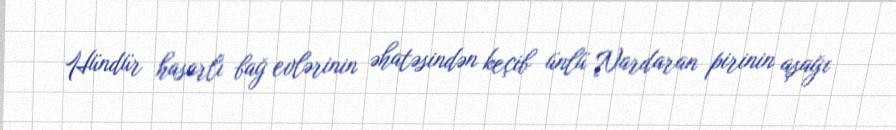
Hündür hasarlı bağ evlərinin əhatəsindən keçib ünlü Nardaran pirinin aşağı